Lunatic asylums Madras 1877-1891 - 1877-1891
Year: 1877
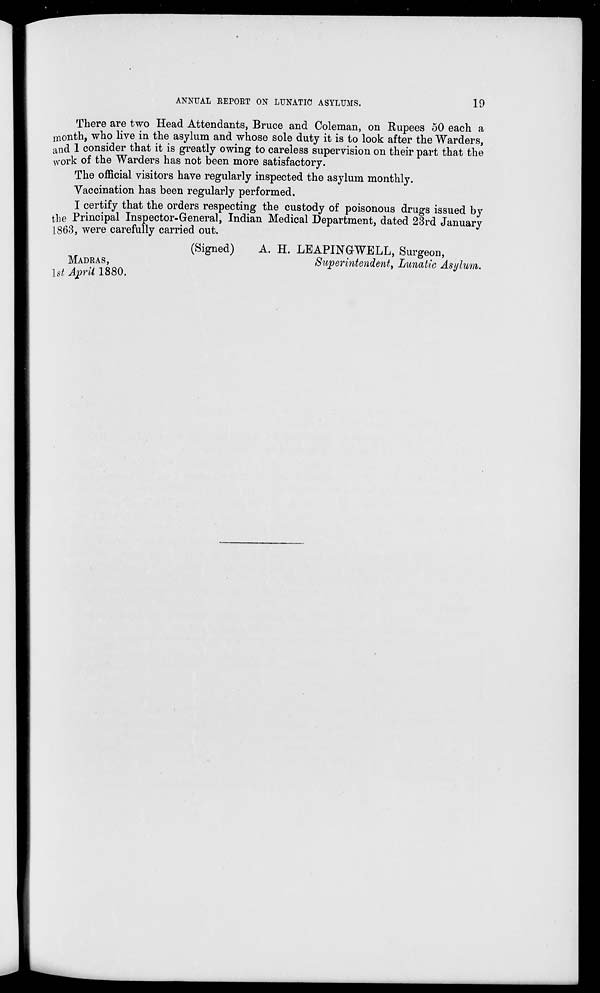
ANNUAL REPORT ON LUNATIC ASYLUMS.
19
There are two Head Attendants, Bruce and Coleman, on Rupees 50 each a
month, who live in the asylum and whose sole duty it is to look after the Warders,
and 1 consider that it is greatly owing to careless supervision on their part that the
work of the Warders has not been more satisfactory.
The official visitors have regularly inspected the asylum monthly.
Vaccination has been regularly performed.
I certify that the orders respecting the custody of poisonous drugs issued by
the Principal Inspector-General, Indian Medical Department, dated 23rd January
1863, were carefully carried out.
(Signed)
A. H. LEAPINGWELL, Surgeon,
MADRAS,
Superintendent, Lunatic Asylum.
1st April 1880.